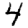
Digit: 4